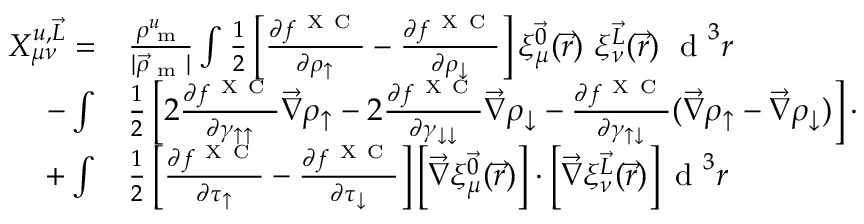
\begin{array} { r l } { X _ { \mu \nu } ^ { u , \vec { L } } = } & { { } \frac { \rho _ { \textrm { m } } ^ { u } } { | \vec { \rho } _ { \textrm { m } } | } \int \frac { 1 } { 2 } \left[ \frac { \partial f ^ { \mathrm { ~ X ~ C ~ } } } { \partial \rho _ { \uparrow } } - \frac { \partial f ^ { \mathrm { ~ X ~ C ~ } } } { \partial \rho _ { \downarrow } } \right] \xi _ { \mu } ^ { \vec { 0 } } ( \vec { r } ) ~ \xi _ { \nu } ^ { \vec { L } } ( \vec { r } ) ~ \textrm { d } ^ { 3 } r } \\ { - \int } & { { } \frac { 1 } { 2 } \left[ 2 \frac { \partial f ^ { \mathrm { ~ X ~ C ~ } } } { \partial \gamma _ { \uparrow \uparrow } } \vec { \nabla } \rho _ { \uparrow } - 2 \frac { \partial f ^ { \mathrm { ~ X ~ C ~ } } } { \partial \gamma _ { \downarrow \downarrow } } \vec { \nabla } \rho _ { \downarrow } - \frac { \partial f ^ { \mathrm { ~ X ~ C ~ } } } { \partial \gamma _ { \uparrow \downarrow } } ( \vec { \nabla } \rho _ { \uparrow } - \vec { \nabla } \rho _ { \downarrow } ) \right] \cdot } \\ { + \int } & { { } \frac { 1 } { 2 } \left[ \frac { \partial f ^ { \mathrm { ~ X ~ C ~ } } } { \partial \tau _ { \uparrow } } - \frac { \partial f ^ { \mathrm { ~ X ~ C ~ } } } { \partial \tau _ { \downarrow } } \right] \left[ \vec { \nabla } \xi _ { \mu } ^ { \vec { 0 } } ( \vec { r } ) \right] \cdot \left[ \vec { \nabla } \xi _ { \nu } ^ { \vec { L } } ( \vec { r } ) \right] \textrm { d } ^ { 3 } r } \end{array}